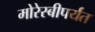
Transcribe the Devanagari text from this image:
मोरेस्बीपर्यंत